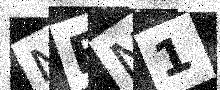
Text: NFN1